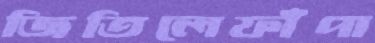
জিতিলেফাঁপা